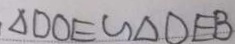
\Delta D O E \sim \Delta D E B